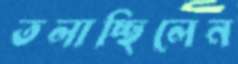
তলাচ্ছিলেন